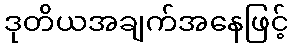
ဒုတိယအချက်အနေဖြင့်